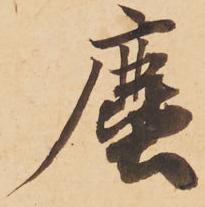
塵